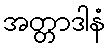
အတ္တာဒါနံ